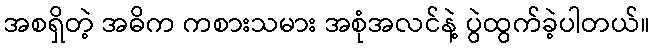
အစရှိတဲ့ အဓိက ကစားသမား အစုံအလင်နဲ့ ပွဲထွက်ခဲ့ပါတယ်။